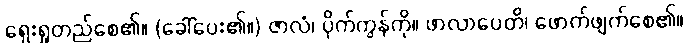
ရှေးရှုတည်စေ၏။ (ခေါ်ပေး၏။) ဇာလံ၊ ပိုက်ကွန်ကို။ ဖာလာပေတိ၊ ဖောက်ဖျက်စေ၏။